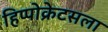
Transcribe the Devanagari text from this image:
हिप्पोक्रेटसला